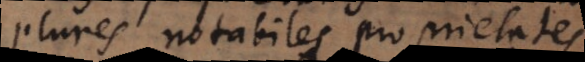
plures notabiles proprietates